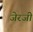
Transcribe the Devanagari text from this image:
जेरजी